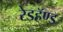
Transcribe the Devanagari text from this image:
रेडहॅण्ड